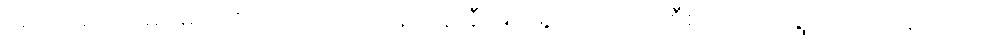
အားကစားသမားများကို ထိုက်ထိုက်တန်တန် ချီးမြှင့်သွားဖို့ လည်း စီစဉ်ဆောင်ရွက်လျက် ရှိပါတယ်။